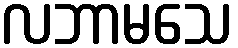
လဘာမသေ